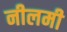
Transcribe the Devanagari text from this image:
नीलमी